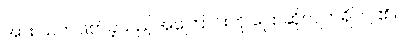
အား သတ်ဖြတ်ခဲ့သည့်အကြောင်းကို ပြောဆိုလျက်ရှိကြ ၏။